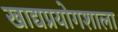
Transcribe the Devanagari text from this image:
खाद्यप्रयोगशाला